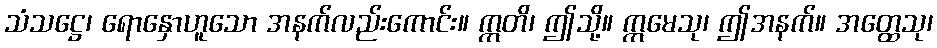
သံသဋ္ဌေ၊ ရောနှောဟူသော အနက်လည်းကောင်း။ ဣတိ၊ ဤသို့။ ဣမေသု၊ ဤအနက်။ အတ္ထေသု၊